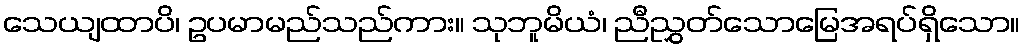
သေယျထာပိ၊ ဥပမာမည်သည်ကား။ သုဘူမိယံ၊ ညီညွှတ်သောမြေအရပ်ရှိသော။